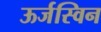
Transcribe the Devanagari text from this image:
ऊर्जस्विन